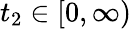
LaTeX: t_{2}\in[0,\infty)